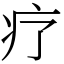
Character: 疗